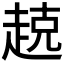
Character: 𫎵